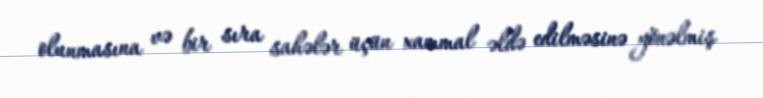
olunmasına və bir sıra sahələr üçün xammal əldə edilməsinə yönəlmiş